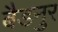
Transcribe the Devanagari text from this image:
बैडनुर